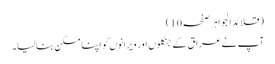
(قلائد الجواہر صفحہ10)
آپ نےعراق کے جنگلوں اور ویرانوں کو اپنا مسکن بنالیا۔